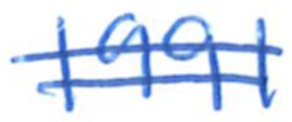
Text: 1991
Cross-out: double-line
Writing tool: ballpoint